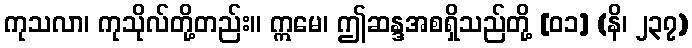
ကုသလာ၊ ကုသိုလ်တို့တည်း။ ဣမေ၊ ဤဆန္ဒအစရှိသည်တို့ [၀၁] (နိ၊ ၂၃၇)